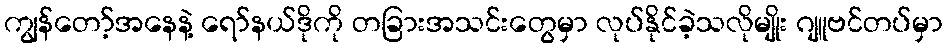
ကျွန်တော့်အနေနဲ့ ရော်နယ်ဒိုကို တခြားအသင်းတွေမှာ လုပ်နိုင်ခဲ့သလိုမျိုး ဂျူဗင်တပ်မှာ